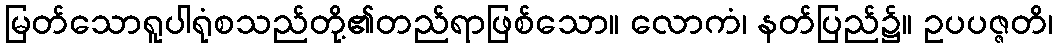
မြတ်သောရူပါရုံစသည်တို့၏တည်ရာဖြစ်သော။ လောကံ၊ နတ်ပြည်၌။ ဥပပဇ္ဇတိ၊